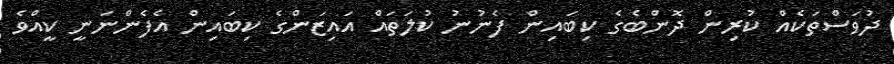
ދުވަސްތަކެއް ކުރިން ދޮންބެގެ ކިބައިން ފެނުނު ކުލަތައް އައިޒަންގެ ކިބައިން އެފެންނަނީ ކީއްވެ